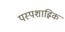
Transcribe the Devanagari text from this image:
पस्पशाह्निक